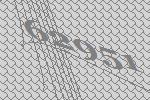
62951